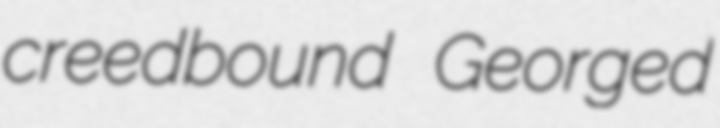
creedbound Georged